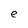
Character: e